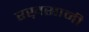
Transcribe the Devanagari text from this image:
रख़सानी